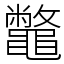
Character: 鼈